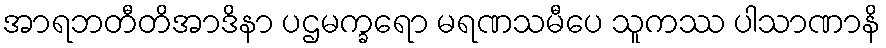
အာရဘတီတိအာဒိနာ ပဌမက္ခရော မရဏသမီပေ သူကဿ ပါသာဏာနိ